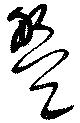
盤